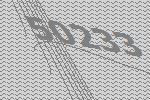
50233